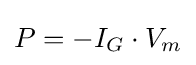
P=-I_{G}\cdot V_{m}